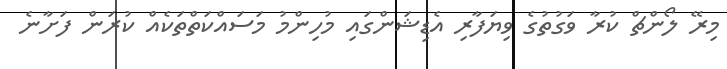
މިރޭ ލޯންޗް ކުރާ ވަގުތުގެ ވިޔަފާރި އެޑިޝަންގައި މުހިންމު މަސައްކަތްތަކެއް ކުރަން ފަށާނެ